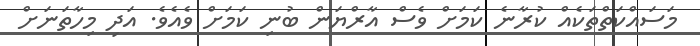
މަސައްކަތްތަކެއް ކުރާނެ ކަމަށް ވެސް އާރްޔަން ބުނި ކަމަށް ވެއެވެ. އަދި މިހާތަނަށް